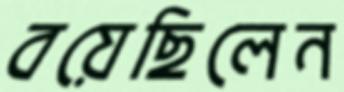
বয়েছিলেন